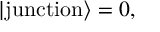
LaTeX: | \mathrm { j u n c t i o n } \rangle = 0 ,